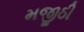
મજીઠી